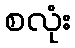
စလုံး